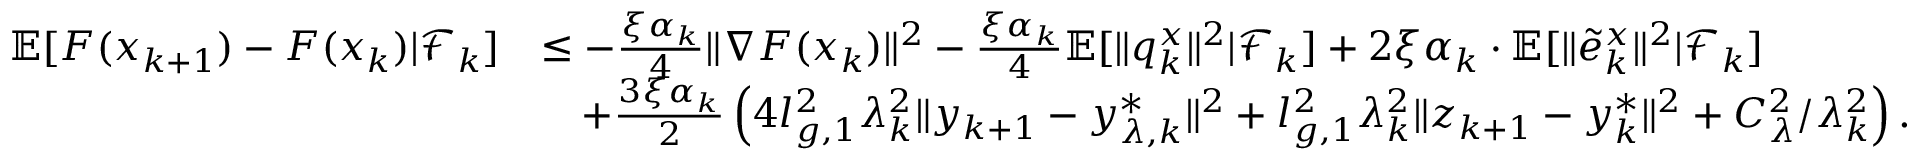
\begin{array} { r l } { \mathbb { E } [ F ( x _ { k + 1 } ) - F ( x _ { k } ) | \mathcal { F } _ { k } ] } & { \le - \frac { \xi \alpha _ { k } } { 4 } \| \nabla F ( x _ { k } ) \| ^ { 2 } - \frac { \xi \alpha _ { k } } { 4 } \mathbb { E } [ \| q _ { k } ^ { x } \| ^ { 2 } | \mathcal { F } _ { k } ] + 2 \xi \alpha _ { k } \cdot \mathbb { E } [ \| \tilde { e } _ { k } ^ { x } \| ^ { 2 } | \mathcal { F } _ { k } ] } \\ & { \quad + \frac { 3 \xi \alpha _ { k } } { 2 } \left( 4 l _ { g , 1 } ^ { 2 } \lambda _ { k } ^ { 2 } \| y _ { k + 1 } - y _ { \lambda , k } ^ { * } \| ^ { 2 } + l _ { g , 1 } ^ { 2 } \lambda _ { k } ^ { 2 } \| z _ { k + 1 } - y _ { k } ^ { * } \| ^ { 2 } + C _ { \lambda } ^ { 2 } / \lambda _ { k } ^ { 2 } \right) . } \end{array}